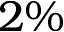
2 \%